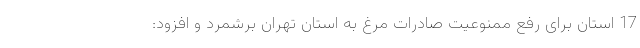
17 استان برای رفع ممنوعیت صادرات مرغ به استان تهران برشمرد و افزود: